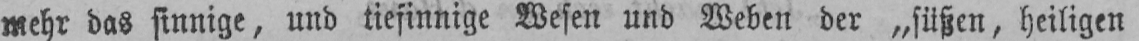
mehr das sinnige, und tiefinnige Wesen und Weben der „süßen, heiligen